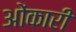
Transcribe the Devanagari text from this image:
ओंकारी